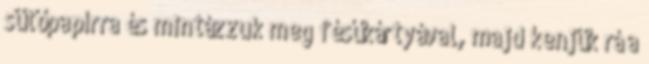
sütőpapírra és mintázzuk meg fésűkártyával, majd kenjük rá a